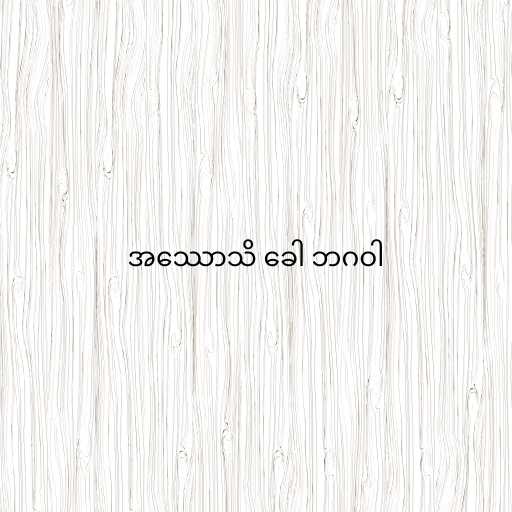
အဿောသိ ခေါ ဘဂဝါ